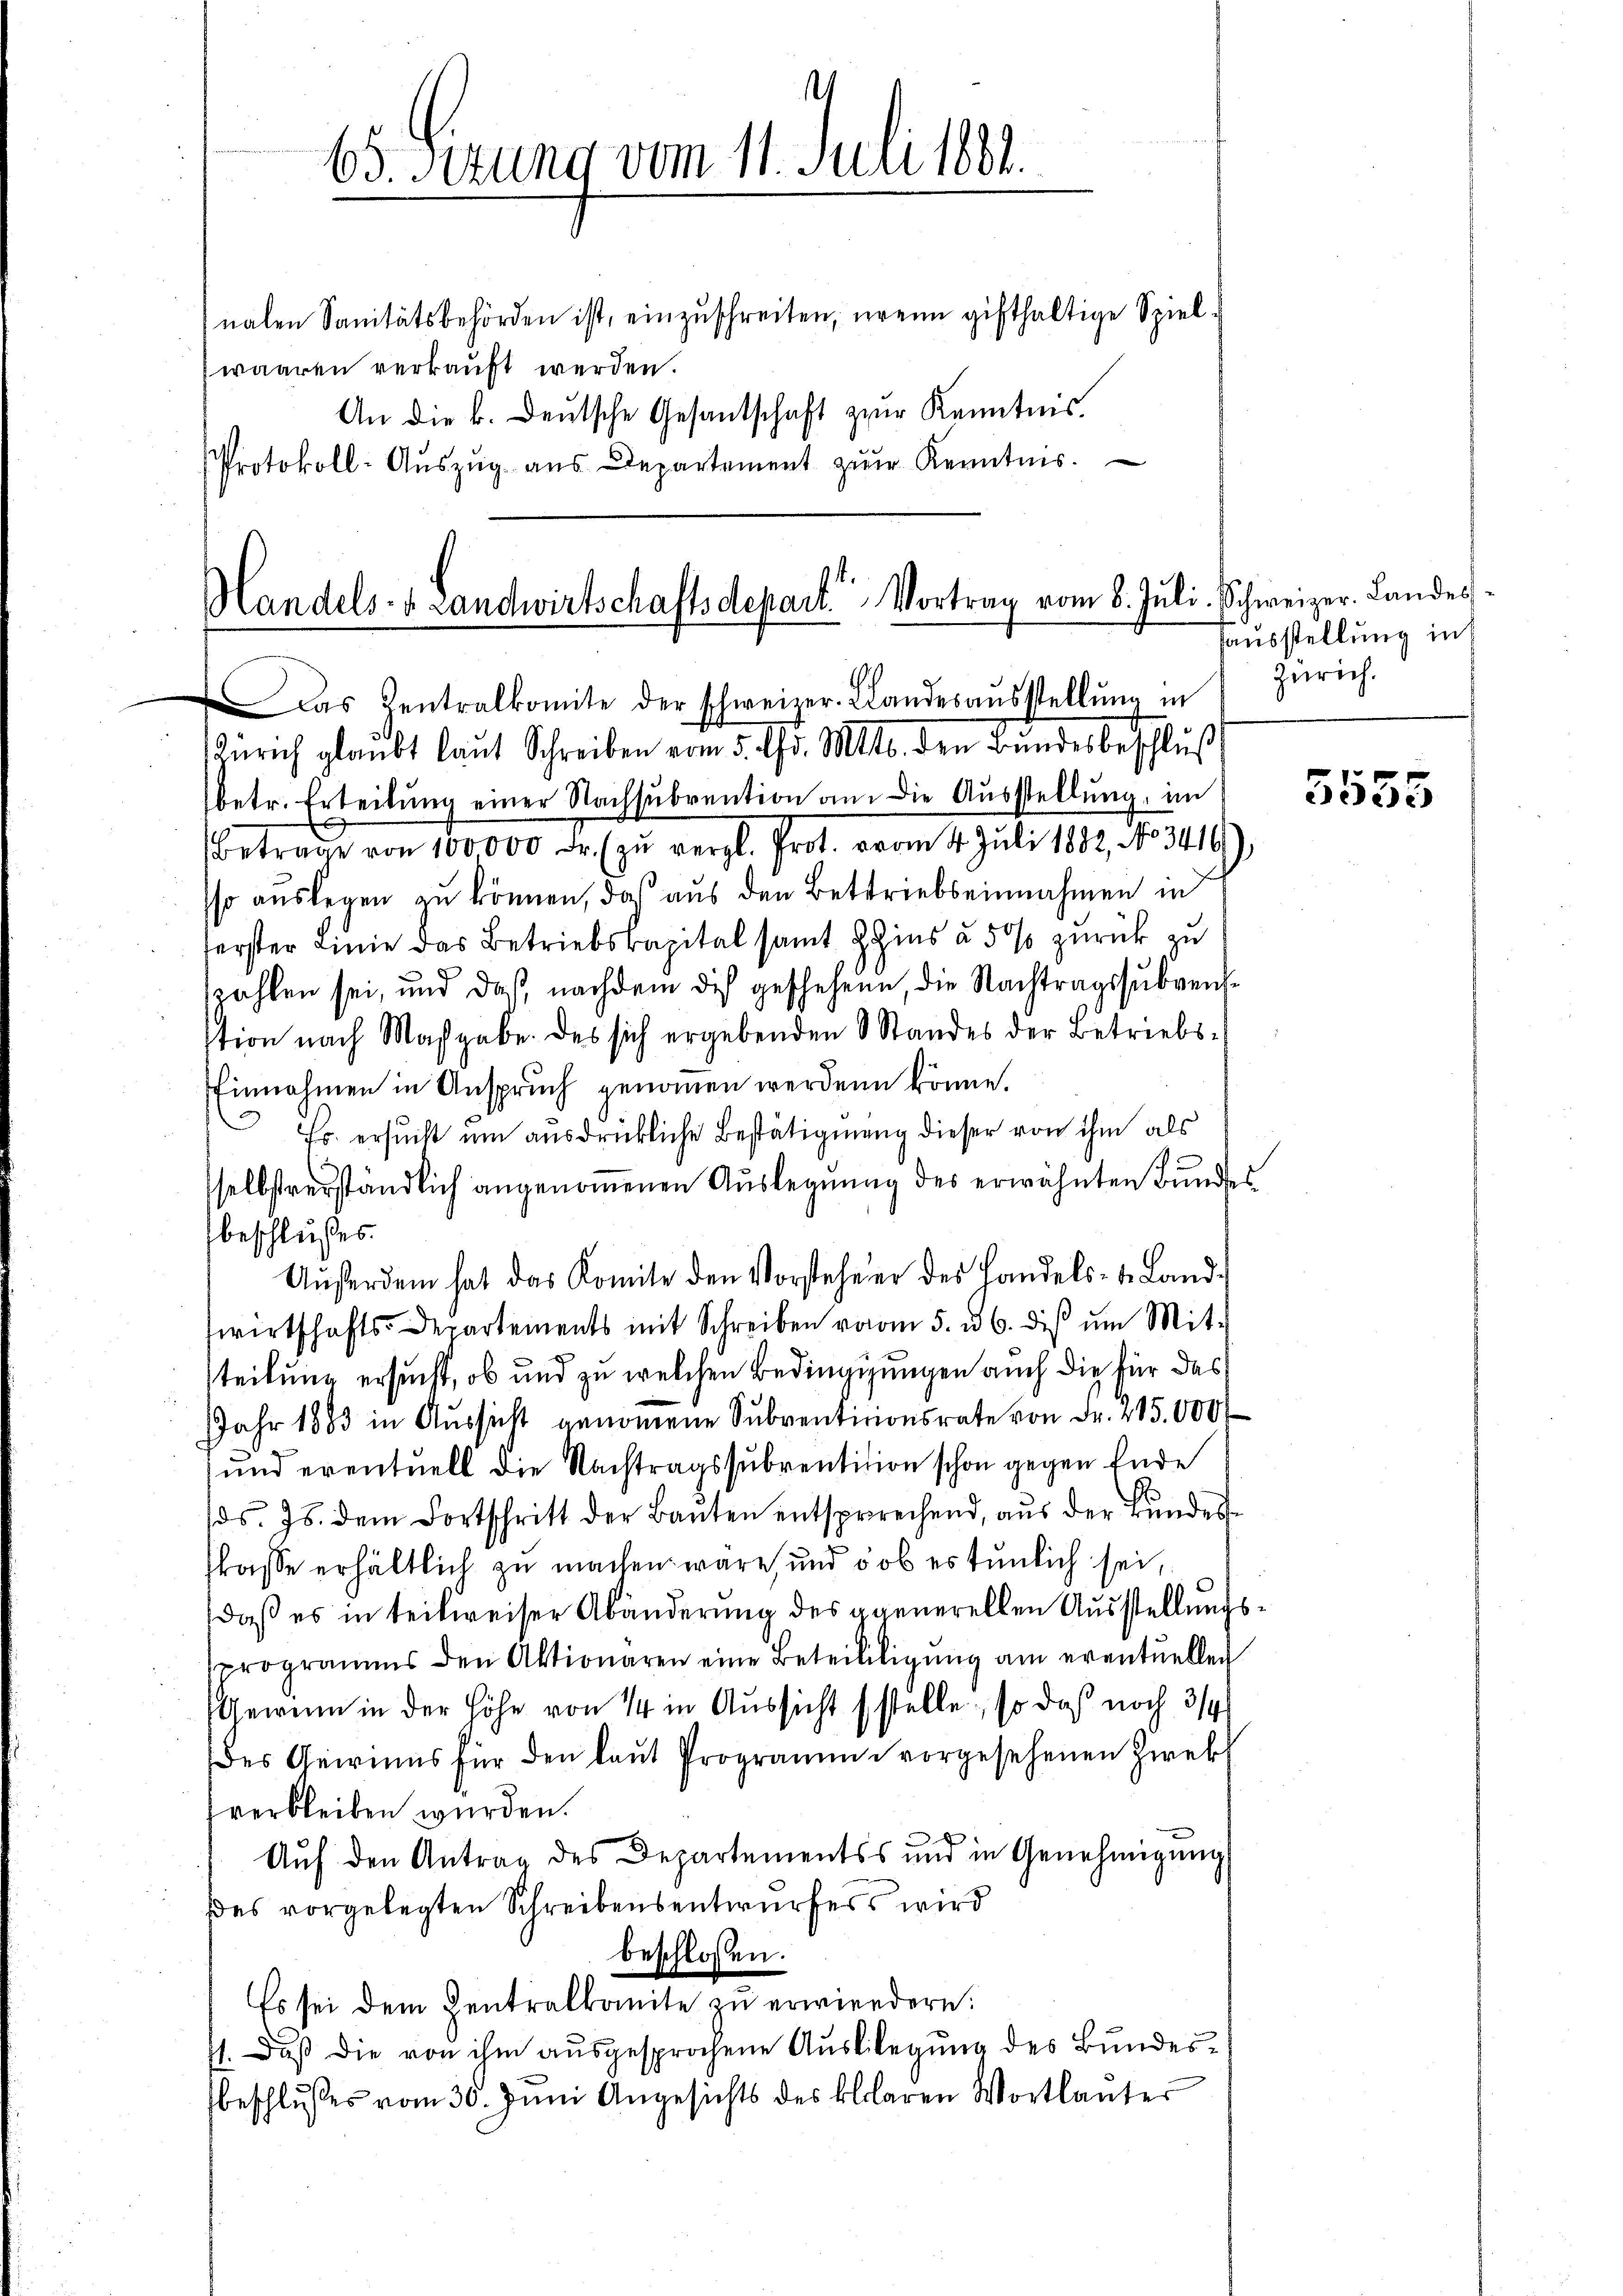
.
65. Sitzung vom 11. Juni 1881.

nalen Sanitätsbehörden ist, einzuschreiten, wenn gifthaltige Spielwaaren verkauft werden.
An die k. Deutsche Gesantschaft zur Kenntnis.
Protokoll-Aŭszŭg aŭs Departement zŭr Kenntnis.

Handels- & Landwirtschaftsdepart Vortrag vom 6. Juli.
Das Kentralkomite der schweizer. Landesaŭsstellŭng in

Zürich glaubt laut Schreiben vom 5. Chr. Mts. den Bundesbeschlus
betr. Erteilŭng einer Nachsŭbvention an die Aŭsstellŭng, im
Betrage von 100,000 Fr. (zu vergl. Prot. vom 4. Juli 1882, No. 3416)
sso auslegen zu können, daß aus den Bettriebseinnahmen in
erster Linie das Betriebskapital samt Zins à 5 % zurück zu
zahlen sei, und daß nachdem dich geschehene, die Nachtragssubvenstion nach Maßgabe. Das sich ergebenden Standes der Betriebs-
Einnahmen in Ansprŭch genommen werden könne.
Fs. ersucht um ausdrückliche Bestätigung dieser von ihm als
selbstverständlich angenommenen Auslegnung des erwähnten Bundes
beschlusses.
Aŭferdem hat das Komite den Vorstehener des Landels- & Land-
wirtschafts-Departements mit Schreiben vom 5. d. 6. dis um Mit-
teilung ersucht, ob und zu welchen Bedingungen auch die für das
Jahr 1883 in Aussicht genommene Subventinionsrate von Fr. 215.000 f
und eventuell die Nachtragssubvention schon gegen Ende
ds. Js. dem Fortschritt der Baŭten entsprechend, aus der Bundes-
slasse erhältlich zu machen wäre, und ob es tunlich sei,
daß es in teilweiser Abänderung des gegenerellen Ausstellungsprogramms den Aktionaren eine Beteililigŭng am eventuellen
Gewinn in der Höhe von 14 in Aussicht stelle, so daß noch 3/4
des Gewinns für den laŭt Programme vorgesehenen Zwek
verbleiben wurden.
Auf den Antrag des Departementss und in Genehmigung
ßes vorgelegten Schreibensentwurfes wird
beschlossen.
Es sei dem Centralkomite zŭ erwiedern:
11. Daß die von ihm ausgesprochene Ausbilegung des Bundesbeschlŭsses vom 30. Juni Angesichts des klaren Wortlauter

Schweizer. Landes¬
Hausstellung in
Zürich.

5555